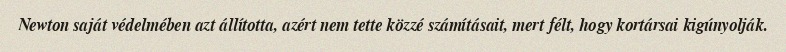
Newton saját védelmében azt állította, azért nem tette közzé számításait, mert félt, hogy kortársai kigúnyolják.